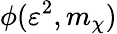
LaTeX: \phi(\varepsilon^{2},m_{\chi})